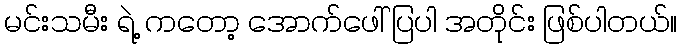
မင်းသမီး ရဲ့ ကတော့ အောက်ဖေါ် ပြပါ အတိုင်း ဖြစ်ပါတယ်။